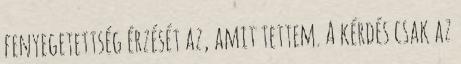
fenyegetettség érzését az, amit tettem. A kérdés csak az